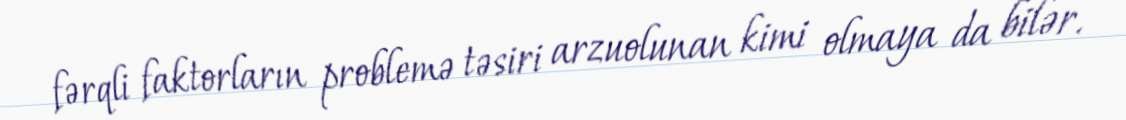
fərqli faktorların problemə təsiri arzuolunan kimi olmaya da bilər.